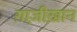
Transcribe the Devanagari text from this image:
ग़ाज़ीख़ान